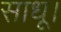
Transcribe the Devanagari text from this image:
साधू।